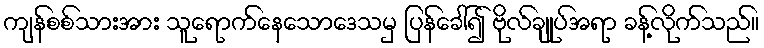
ကျန်စစ်သားအား သူရောက်နေသောဒေသမှ ပြန်ခေါ်၍ ဗိုလ်ချုပ်အရာ ခန့်လိုက်သည်။